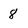
Character: 8